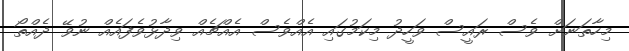
މިހާތަނަށް ވެސް ރައީސް ވަހީދު މިކަމުގައި އެއްވެސް އެއްޗެއް ވިދާޅުވެފައެއް ނުވޭ ދެއްތޯ